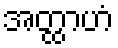
အတ္ထာဟံ